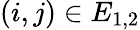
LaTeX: (i,j)\in E_{1,2}